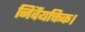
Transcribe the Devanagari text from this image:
निर्वैयक्तिक।